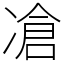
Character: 凔